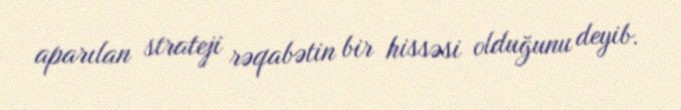
aparılan strateji rəqabətin bir hissəsi olduğunu deyib.